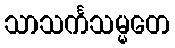
သာသင်္ကသမ္မတေ